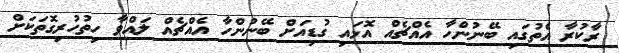
ރާކުރާ އެތުގައި ބޭނުންހާ އެއްޗެއް އޮޅައި ގުޑިއަށް ބޭނުންހާ އެއްޗެއް ލައްވާ ހިތުހުރިގޮތަކަށް